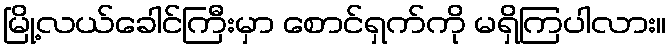
မြို့လယ်ခေါင်ကြီးမှာ စောင်ရှက်ကို မရှိကြပါလား။